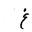
Letter: _gayn